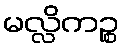
မလ္လိကဉ္စ